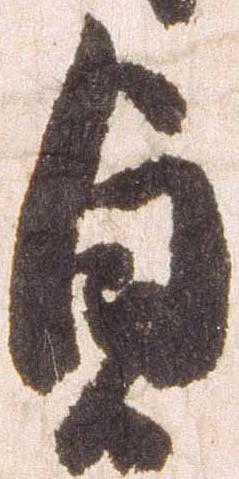
貞